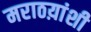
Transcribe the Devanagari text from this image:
मराठय़ांशी